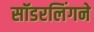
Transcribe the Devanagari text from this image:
सॉडरलिंगने